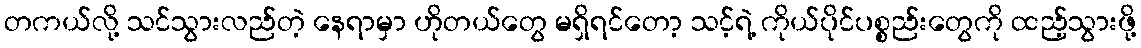
တကယ်လို့ သင်သွားလည်တဲ့ နေရာမှာ ဟိုတယ်တွေ မရှိရင်တော့ သင့်ရဲ့ ကိုယ်ပိုင်ပစ္စည်းတွေကို ထည့်သွားဖို့